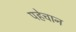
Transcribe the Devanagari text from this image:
पहेचान